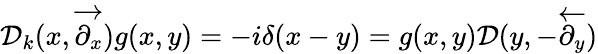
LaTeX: {\cal D}_{k}(x,\overrightarrow{\partial_{x}})g(x,y)=-i\delta(x-y)=g(x,y){\cal D}(y,-\overleftarrow{\partial_{y}})